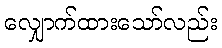
လျှောက်ထားသော်လည်း